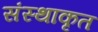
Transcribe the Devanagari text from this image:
संस्थाकृत